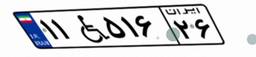
۲۳W۷۹۴۵۰